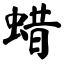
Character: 蜡